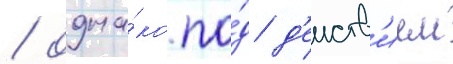
/ одна́ко по́д д'еиств'ием